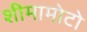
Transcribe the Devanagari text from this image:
शीमामोटो